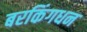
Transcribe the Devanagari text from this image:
बरकिंगधन